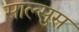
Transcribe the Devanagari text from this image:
साल्सुस